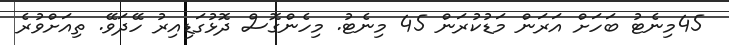
45މިނެޓު ބަހަށް އަރަން މަޑުކުރަން 45 މިނެޓު. މިހެންގޮސް ދޮޅުގަޑިއިރު ހޭދަވޭ. ތިއަށްވުރެ